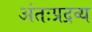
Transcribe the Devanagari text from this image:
अंतःप्रद्रव्य